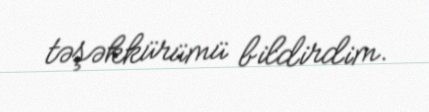
təşəkkürümü bildirdim.